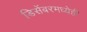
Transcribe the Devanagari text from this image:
डिसेंबरमध्येही